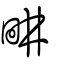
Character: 畊